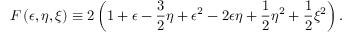
F \left( \epsilon , \eta , \xi \right) \equiv 2 \left( 1 + \epsilon - { \frac { 3 } { 2 } } \eta + \epsilon ^ { 2 } - 2 \epsilon \eta + { \frac { 1 } { 2 } } \eta ^ { 2 } + { \frac { 1 } { 2 } } \xi ^ { 2 } \right) .